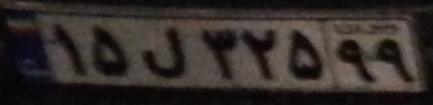
۱۵ل۳۲۵۹۹